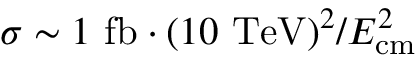
\sigma \sim 1 ~ \mathrm { { f b } } \cdot ( 1 0 ~ \mathrm { { T e V } } ) ^ { 2 } / E _ { \mathrm { { c m } } } ^ { 2 }